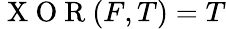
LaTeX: \mathrm{~X~O~R~}(F,T)=T